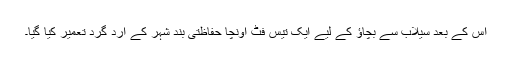
اس کے بعد سیلاب سے بچاؤ کے لیے ایک تیس فٹ اونچا حفاظتی بند شہر کے ارد گرد تعمیر کیا گیا۔